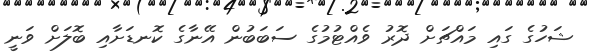
ޝަހުގެ ގައި މައްޗަށް ދޮރު ވެއްޓުމުގެ ސަބަބުން އޭނާގެ ކޮނޑަށާއި ބޮލަށް ވަނީ